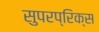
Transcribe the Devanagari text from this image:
सुपरप्रिक्स